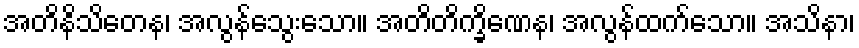
အတိနိသိတေန၊ အလွန်သွေးသော။ အတိတိက္ခိဏေန၊ အလွန်ထက်သော။ အသိနာ၊